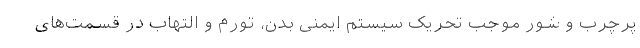
پرچرب و شور موجب تحریک سیستم ایمنی بدن، تورم و التهاب در قسمت‌های